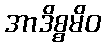
အာဒိစ္စမိဝ